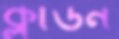
ক্লাউন